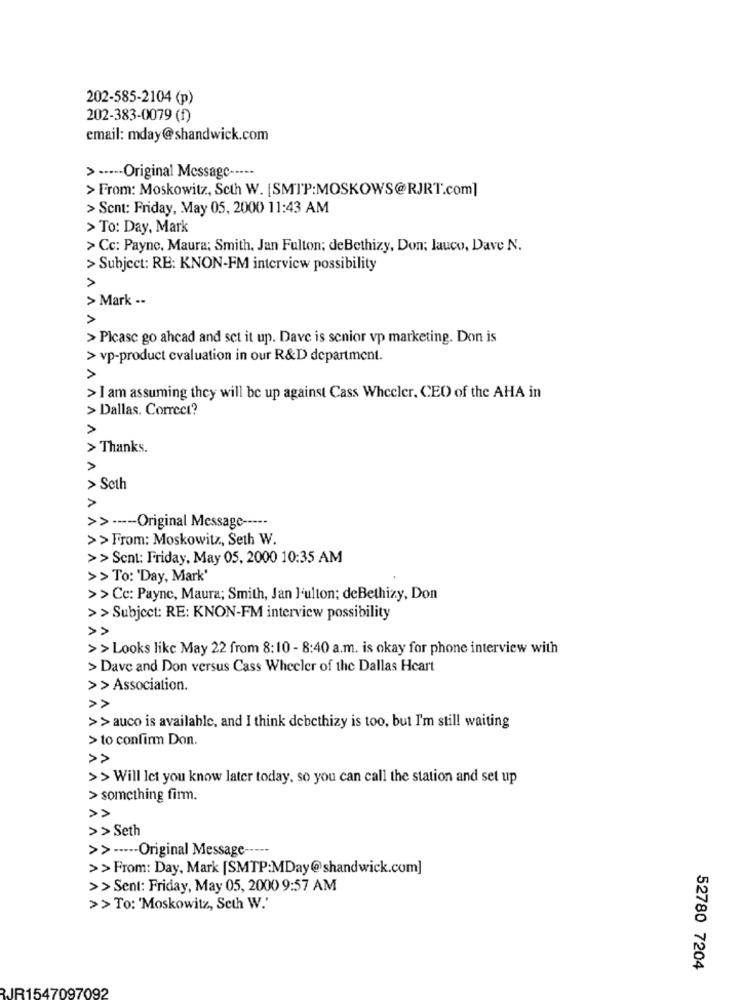
202-585-2104 (p)
202-383-0079 (f)
email: mday@shandwick.com
> ···-- Original Message -----
> From: Moskowitz, Scth W. [SMTP:MOSKOWS@RJRT.com]
> Sent: Friday, May 05, 2000 11:43 AM
> To: Day, Mark
> Cc: Payne. Maura; Smith. Jan Fulton; deBethizy, Don; lauco, Dave N.
> Subject: RE: KNON-FM interview possibility
> Mark --
>
> Please go ahead and set it up. Dave is senior vp marketing. Don is
> vp-product cvaluation in our R&D department.
> I am assuming they will be up against Cass Wheeler, CEO of the AHA in
> Dallas. Correct?
>
> Thanks.
>
> Seth
>
>> ---- Original Message -----
>> From: Moskowitz, Seth W.
>> Sent: Friday, May 05, 2000 10:35 AM
>> To: 'Day, Mark'
>>Cc: Payne, Maura; Smith, Jan ]'ulton; deBethizy, Don
>> Subject: RE: KNON-FM interview possibility
>>
>> Looks like May 22 from 8:10 - 8:40 a.m. is okay for phone interview with
> Dave and Don versus Cass Wheeler of the Dallas Heart
>> Association.
>> auco is available, and I think debethizy is too, but I'm still waiting
> to confirm Don.
>> Will let you know later today, so you can call the station and set up
> something firm.
>> Seth
>> ----- Original Message -----
>> From: Day, Mark [SMTP:MDay@shandwick.com]
>> Sent: Friday, May 05, 2000 9:57 AM
>> To: 'Moskowitz, Seth W.'
52780 7204
RJR1547097092